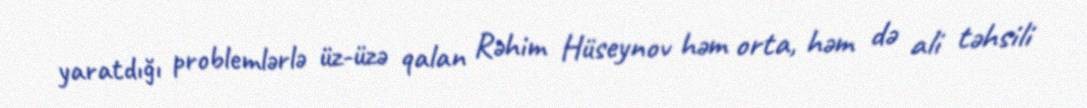
yaratdığı problemlərlə üz-üzə qalan Rəhim Hüseynov həm orta, həm də ali təhsili